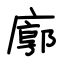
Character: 廓